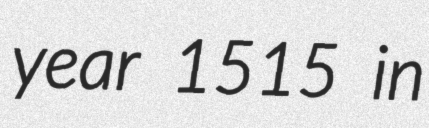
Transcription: year 1515 in